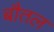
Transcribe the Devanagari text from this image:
बौतल